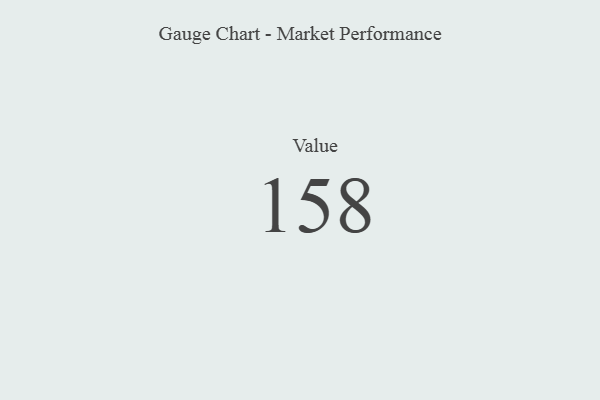
{"axis": {"x": "Metric", "y": "Value"}, "legend": [""], "data": [{"x": "Value", "y": 158, "type": ""}]}